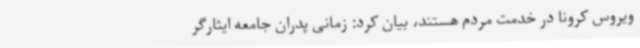
ویروس کرونا در خدمت مردم هستند، بیان کرد: زمانی پدران جامعه ایثارگر